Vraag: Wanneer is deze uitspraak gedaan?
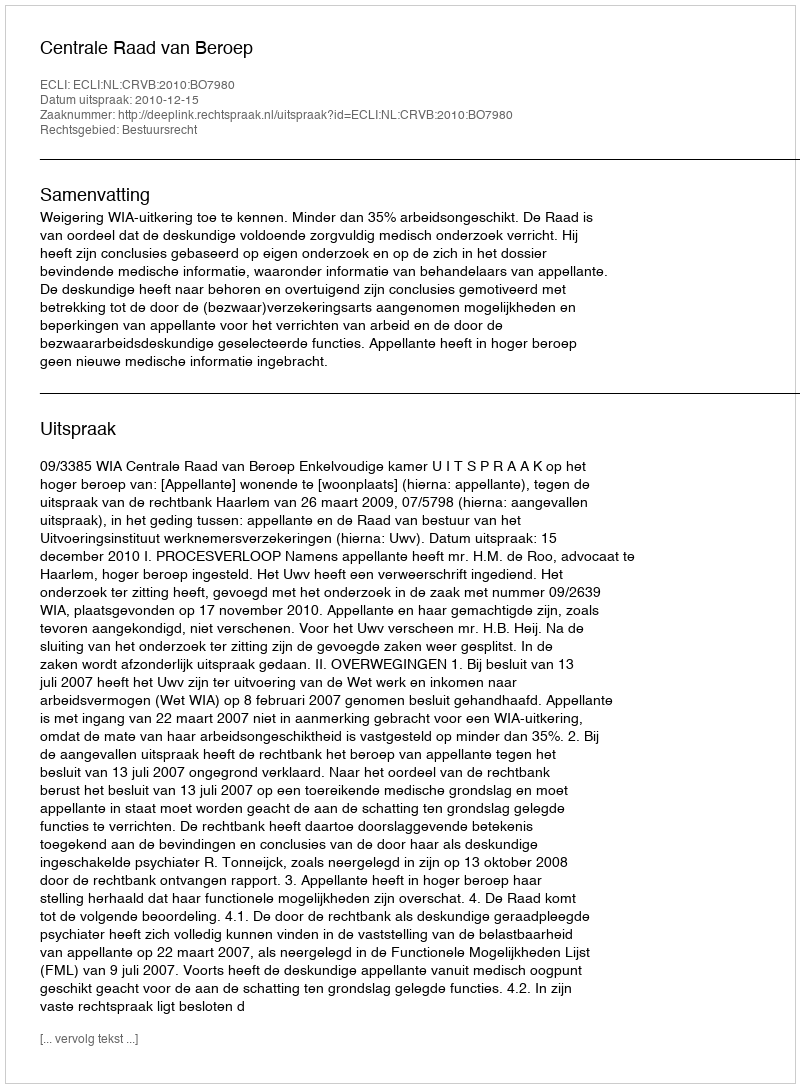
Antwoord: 2010-12-15